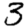
Digit: 3